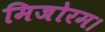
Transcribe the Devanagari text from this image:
मिजोरम।